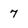
Character: 7